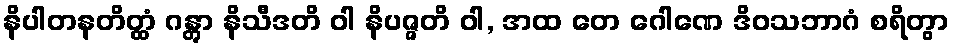
နိပါတနတိတ္ထံ ဂန္တွာ နိသီဒတိ ဝါ နိပဇ္ဇတိ ဝါ, အထ တေ ဂေါဏေ ဒိဝသဘာဂံ စရိတွာ